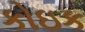
કોઇક